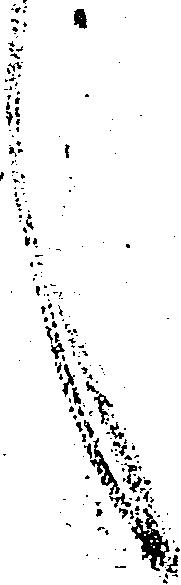
言